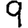
Digit: 9